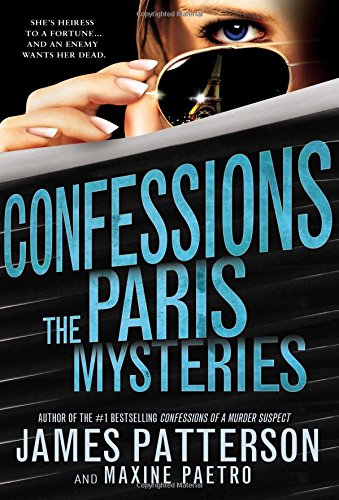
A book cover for Confessions: The Paris Mysteries; James Patterson; Teen & Young Adult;